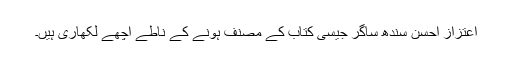
اعتزاز احسن سندھ ساگر جیسی کتاب کے مصنف ہونے کے ناطے اچھے لکھاری ہیں۔